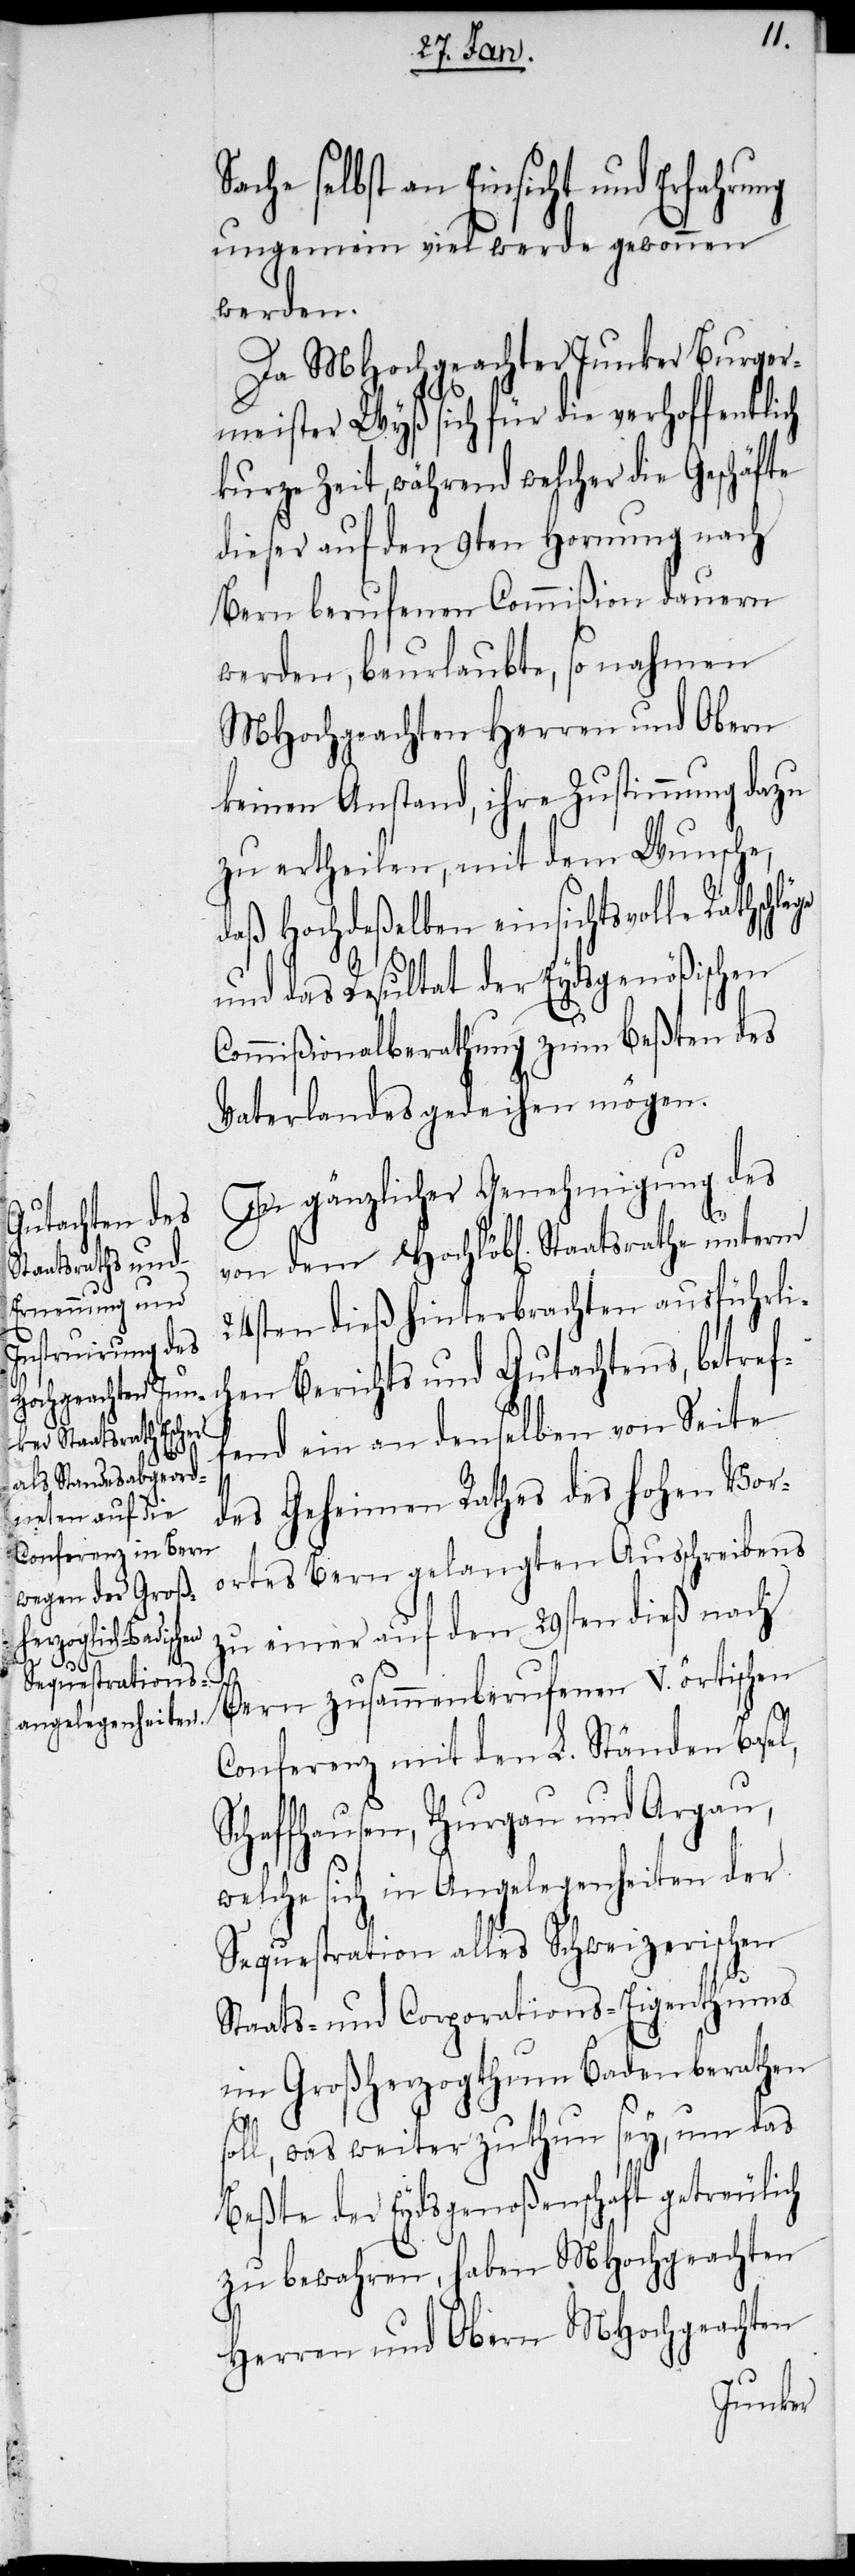
he selbst an Einsicht und Erfa¬
ungemein viel werde gewonnen
werden.
Da MHochgeachter Junker Burger¬
meister Wyß sich für die verhoffentli¬
kurze Zeit, während welcher die Geschäfte
dieser auf den 9ten Hornung nach
Bern berufenen Commißion dauern
werden, beurlaubte, so nehmen
MHochgeachten Herren und Obern
keinen Anstand, ihre Zustimmung dazu
zu ertheilen, mit dem Wunsche,
daß Hochdeßelben einsichtsvolle Rathschlä¬
und das Resultat der Eydsgenößischen
Commißionalberathung zum beßten des
Vaterlandes gedeihen mögen.
In gänzlicher Genehmigung des
Staatsrathe unterm
24sten dieß hinterbrachten ausführli¬
chen Berichts und Gutachtens, betref¬
fend ein an denselben von Seite
des Geheimen Rathes des hohen Vor¬
ortes Bern gelangten Ausschreibens
zu einer auf den 29sten dieß nach
Bern zusammenberufenen V. örtischen
Conferenz mit den L. Ständen Basel,
Schaffhausen, Thurgau und Argau,
welche sich in Angelegenheiten der
Sequestration alles Schweizerischen
Staats- und Corporations-Eigenthums
im Großherzogthum Baden berathen
sol¬
l, was weiter zu thun sey, um das
Beßte der Eydsgenoßenschaft getreulich
zu bewahren, haben MHochgeachten
Herren und Obern MHochgeachten